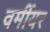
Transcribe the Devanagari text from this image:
वर्मीयर